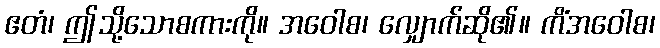
ဧတံ၊ ဤသို့သောစကားကို။ အဝေါစ၊ လျှောက်ဆို၏။ ကိံအဝေါစ၊